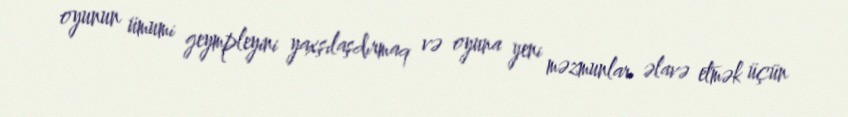
oyunun ümumi geympleyini yaxşılaşdırmaq və oyuna yeni məzmunlar əlavə etmək üçün